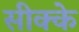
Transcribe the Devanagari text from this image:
सीक्के